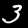
Digit: 3